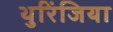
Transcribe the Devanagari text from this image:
थुरिंजिया